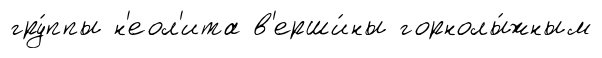
гру́ппы н'еол'ита в'ерши́ны горнолы́жным